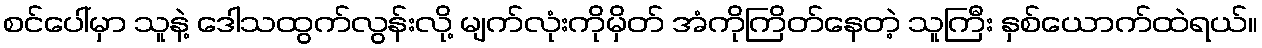
စင်ပေါ်မှာ သူနဲ့ ဒေါသထွက်လွန်းလို့ မျက်လုံးကိုမှိတ် အံကိုကြိတ်နေတဲ့ သူကြီး နှစ်ယောက်ထဲရယ်။